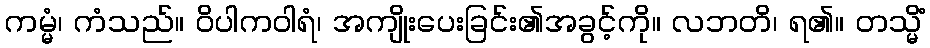
ကမ္မံ၊ ကံသည်။ ဝိပါကဝါရံ၊ အကျိုးပေးခြင်း၏အခွင့်ကို။ လဘတိ၊ ရ၏။ တသ္မိံ